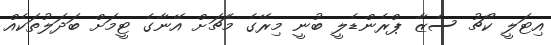
އިޓަލީ ކޯޗު ސެޒާ ޕްރެންޑެލީ ބުނީ މިރޭގެ މެޗަށް އޭނާގެ ޓީމަށް ބަދަލުތަކެއް